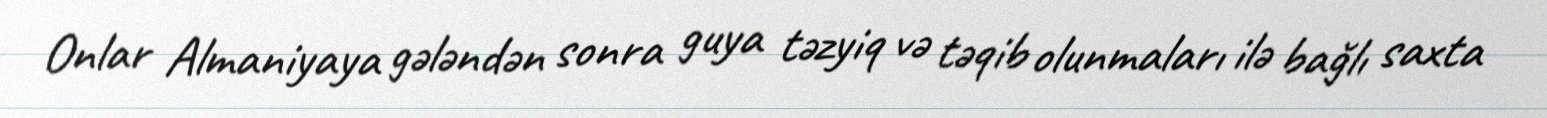
Onlar Almaniyaya gələndən sonra guya təzyiq və təqib olunmaları ilə bağlı saxta